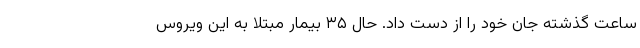
ساعت گذشته جان خود را از دست داد. حال ۳۵ بیمار مبتلا به این ویروس